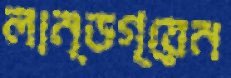
লান্ডগ্রেন